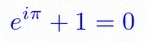
e^{i\pi}+1=0